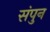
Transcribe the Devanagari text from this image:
संपुन